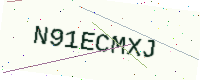
Text: N91ECMXJ